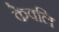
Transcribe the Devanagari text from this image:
केवलि